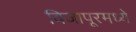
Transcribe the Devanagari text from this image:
विजापूरमध्ये